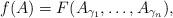
LaTeX: \begin{align*}f(A) = F(A_{\gamma_1}, \dots, A_{\gamma_n}),\end{align*}